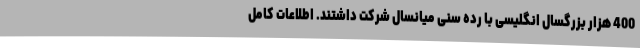
400 هزار بزرگسال انگلیسی با رده سنی میانسال شرکت داشتند. اطلاعات کامل